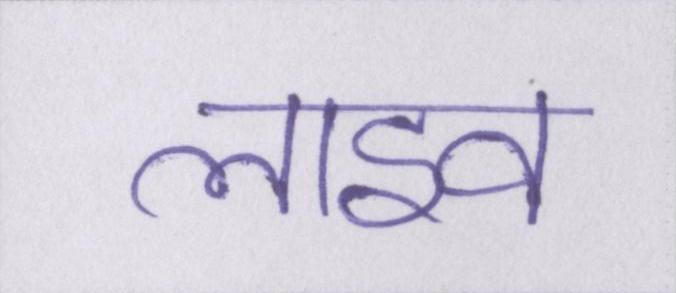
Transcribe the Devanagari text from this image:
लाइव